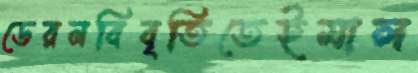
ডেরনবিবৃতিতেইমাল